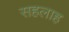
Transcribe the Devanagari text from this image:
सहलाह